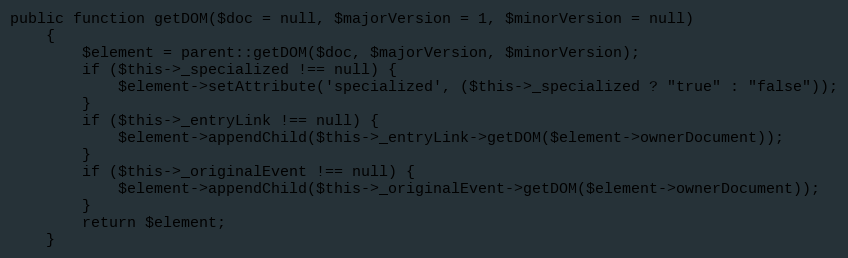
Language: PHP
public function getDOM($doc = null, $majorVersion = 1, $minorVersion = null)
    {
        $element = parent::getDOM($doc, $majorVersion, $minorVersion);
        if ($this->_specialized !== null) {
            $element->setAttribute('specialized', ($this->_specialized ? "true" : "false"));
        }
        if ($this->_entryLink !== null) {
            $element->appendChild($this->_entryLink->getDOM($element->ownerDocument));
        }
        if ($this->_originalEvent !== null) {
            $element->appendChild($this->_originalEvent->getDOM($element->ownerDocument));
        }
        return $element;
    }